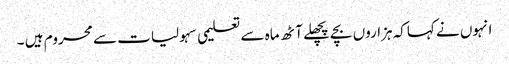
انہوں نے کہاکہ ہزاروں بچے پچھلے آٹھ ماہ سے تعلیمی سہولیات سے محروم ہیں ۔